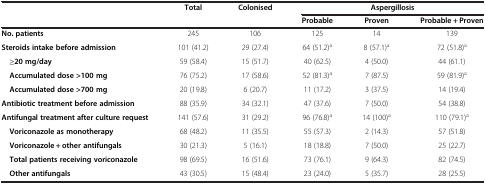
<table><thead><tr><td><b> </b></td><td><b>Total</b></td><td><b>Colonised</b></td><td colspan="3"><b>Aspergillosis</b></td></tr><tr><td><b> </b></td><td><b> </b></td><td><b> </b></td><td><b>Probable</b></td><td><b>Proven</b></td><td><b>Probable + Proven</b></td></tr></thead><tbody><tr><td><b>No. patients</b></td><td>245</td><td>106</td><td>125</td><td>14</td><td>139</td></tr><tr><td><b>Steroids intake before admission</b></td><td>101 (41.2)</td><td>29 (27.4)</td><td>64 (51.2)<sup>a</sup></td><td>8 (57.1)<sup>a</sup></td><td>72 (51.8)<sup>a</sup></td></tr><tr><td> <b>≥20 mg/day</b></td><td>59 (58.4)</td><td>15 (51.7)</td><td>40 (62.5)</td><td>4 (50.0)</td><td>44 (61.1)</td></tr><tr><td> <b>Accumulated dose &gt;100 mg</b></td><td>76 (75.2)</td><td>17 (58.6)</td><td>52 (81.3)<sup>a</sup></td><td>7 (87.5)</td><td>59 (81.9)<sup>a</sup></td></tr><tr><td> <b>Accumulated dose &gt;700 mg</b></td><td>20 (19.8)</td><td>6 (20.7)</td><td>11 (17.2)</td><td>3 (37.5)</td><td>14 (19.4)</td></tr><tr><td><b>Antibiotic treatment before admission</b></td><td>88 (35.9)</td><td>34 (32.1)</td><td>47 (37.6)</td><td>7 (50.0)</td><td>54 (38.8)</td></tr><tr><td><b>Antifungal treatment after culture request</b></td><td>141 (57.6)</td><td>31 (29.2)</td><td>96 (76.8)<sup>a</sup></td><td>14 (100)<sup>a</sup></td><td>110 (79.1)<sup>a</sup></td></tr><tr><td> <b>Voriconazole as monotherapy</b></td><td>68 (48.2)</td><td>11 (35.5)</td><td>55 (57.3)</td><td>2 (14.3)</td><td>57 (51.8)</td></tr><tr><td> <b>Voriconazole + other antifungals</b></td><td>30 (21.3)</td><td>5 (16.1)</td><td>18 (18.8)</td><td>7 (50.0)</td><td>25 (22.7)</td></tr><tr><td> <b>Total patients receiving voriconazole</b></td><td>98 (69.5)</td><td>16 (51.6)</td><td>73 (76.1)</td><td>9 (64.3)</td><td>82 (74.5)</td></tr><tr><td> <b>Other antifungals</b></td><td>43 (30.5)</td><td>15 (48.4)</td><td>23 (24.0)</td><td>5 (35.7)</td><td>28 (25.5)</td></tr></tbody></table>